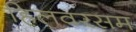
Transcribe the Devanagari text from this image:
हिलवरसम